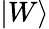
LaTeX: |W\rangle